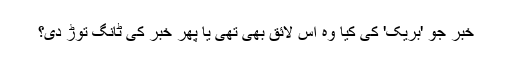
خبر جو 'بریک' کی کیا وہ اس لائق بھی تھی یا پھر خبر کی ٹانگ توڑ دی؟